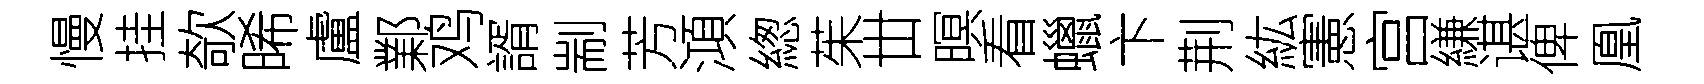
慢挂欹晞盧鄴鸡諝剬芳澒緫茱丗暝看蠟卞荆紘憲宫縑谌俾凰